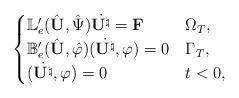
LaTeX: \begin{align*}\begin{cases}\mathbb{L}'_e(\hat{{\mathbf U}},\hat{\Psi})\dot{{\mathbf U}^\natural}=\mathbf{F} & \Omega_T,\\\mathbb{B}'_e(\hat{{\mathbf U}},\hat{\varphi})(\dot{{\mathbf U}^\natural},\varphi)=0 & \Gamma_T,\\(\dot{{\mathbf U}^\natural},\varphi)=0 & t<0,\end{cases}\end{align*}